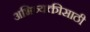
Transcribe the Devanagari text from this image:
अभिव्यक्तीसाठी